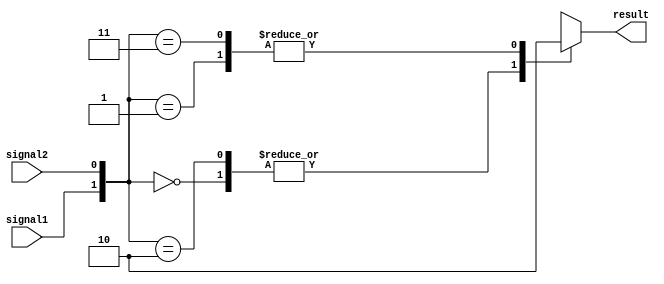
module priority_case_statement (
    input wire signal1,
    input wire signal2,
    output reg result
);

always @(signal1, signal2)
begin
    case ({signal1, signal2})
        2'b00: result = 1; // code for condition (signal1=0, signal2=0)
        2'b01: result = 2; // code for condition (signal1=0, signal2=1)
        2'b10: result = 3; // code for condition (signal1=1, signal2=0)
        2'b11: result = 4; // code for condition (signal1=1, signal2=1)
    endcase
end

endmodule